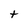
Character: t